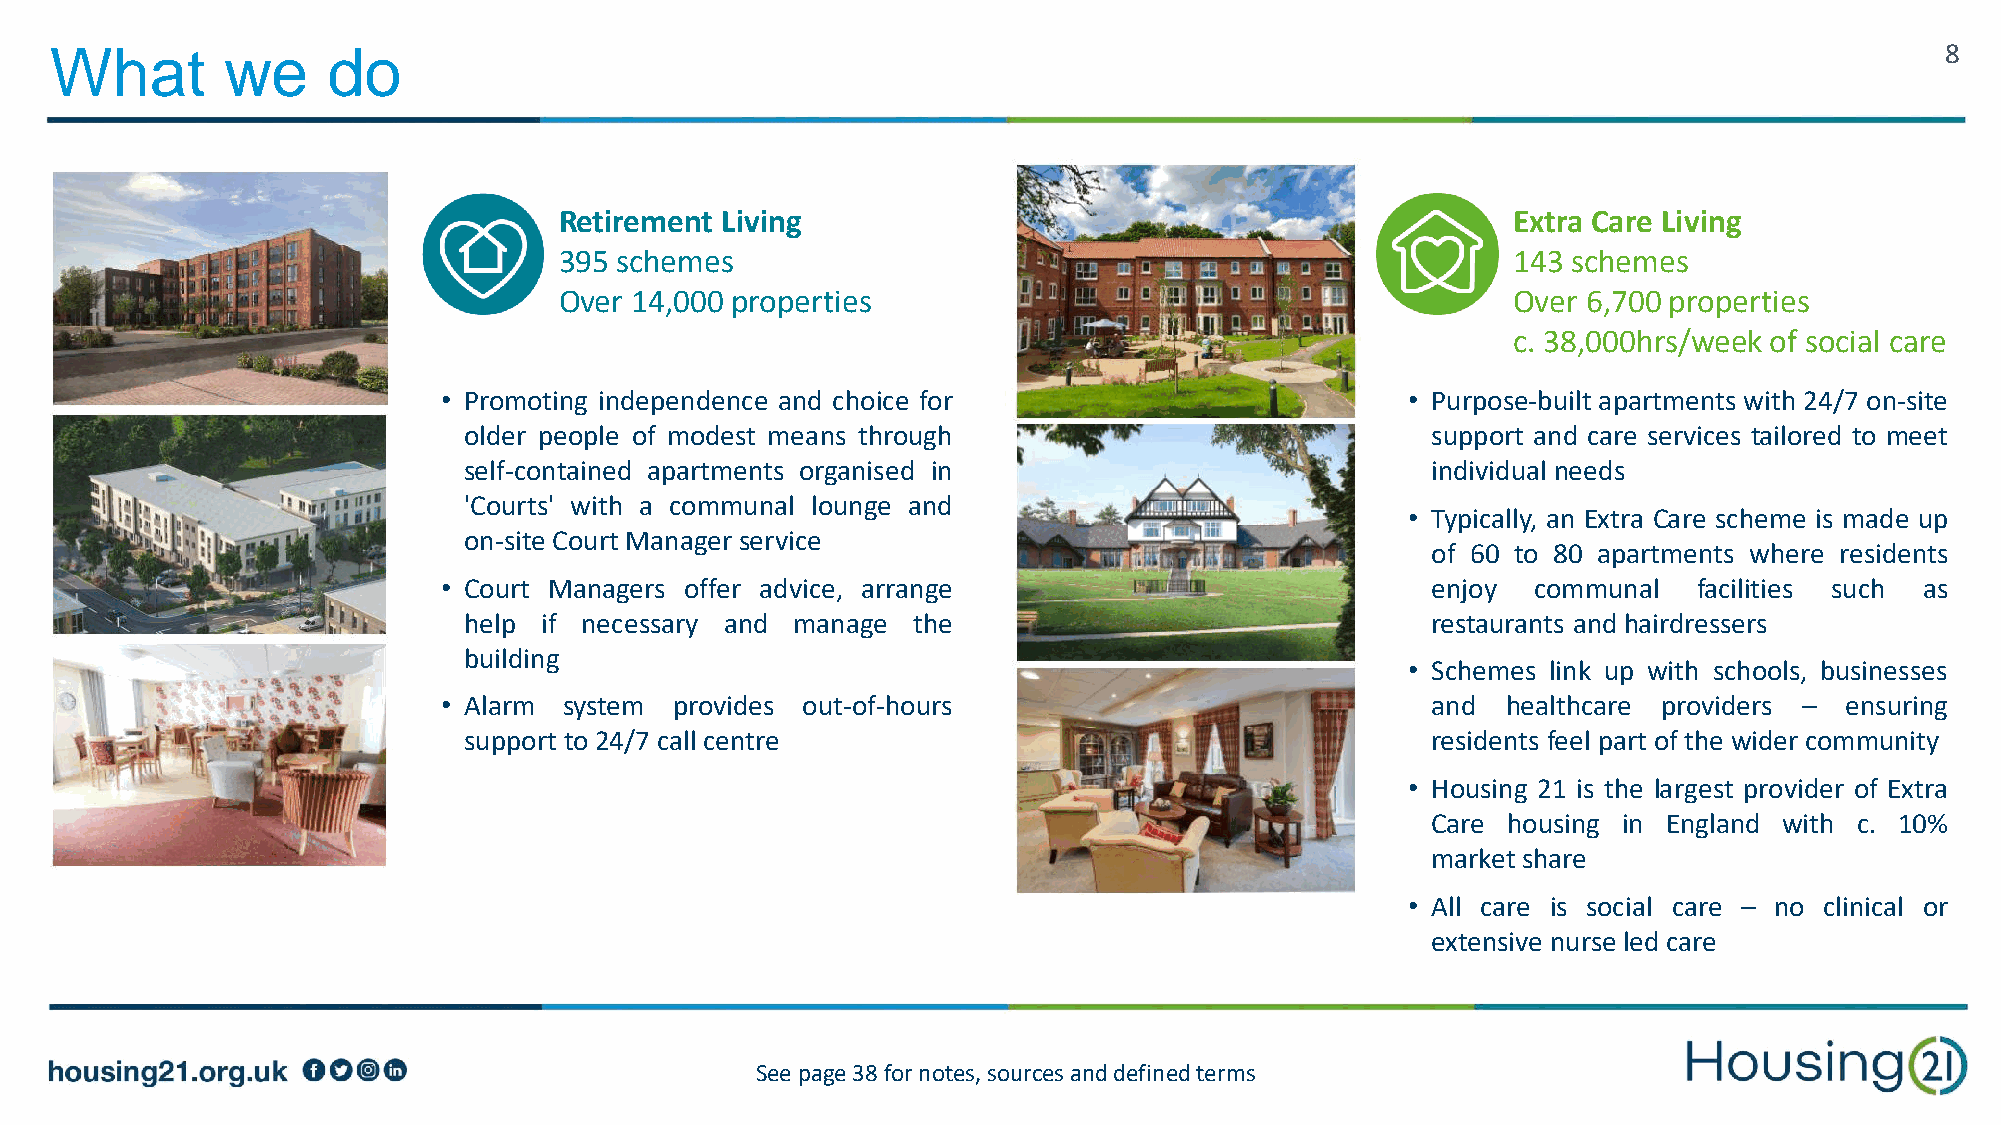
What        we     do                                                                                                         8
 Retirement Living                                              Extra Care Living
 395 schemes                                                    143 schemes
 Over 14,000 properties                                         Over 6,700 properties
 c. 38,000hrs/week of social care
 • Promoting independence and choice for                         • Purpose-built apartments with 24/7 on-site
 older people of modest means through                            support and care services tailored to meet
 self-contained apartments organised in                          individual needs
 'Courts' with a communal lounge and
 • Typically, an Extra Care scheme is made up
 on-site Court Manager service
 of 60 to 80 apartments where residents
 • Court Managers offer advice, arrange                            enjoy  communal  facilities such as
 help if necessary and manage the                                restaurants and hairdressers
 building
 • Schemes link up with schools, businesses
 • Alarm system  provides out-of-hours                             and  healthcare providers – ensuring
 support to 24/7 call centre                                     residents feel part of the wider community
 • Housing 21 is the largest provider of Extra
 Care housing in England with c. 10%
 market share
 • All care is social care – no clinical or
 extensive nurse led care
 See page 38 for notes, sources and defined terms